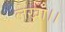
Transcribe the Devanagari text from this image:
लेखा।।